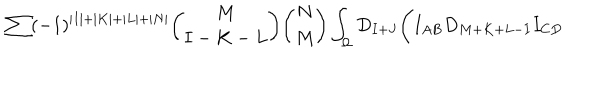
LaTeX: \sum ( - 1 ) ^ { \vert I \vert + \vert K \vert + \vert L \vert + \vert N \vert } { \binom { M } { I - K - L } } { \binom { N } { M } } \int _ { \Omega } D _ { I + J } \Biggl ( I _ { A B } D _ { M + K + L - I } I _ { C D }